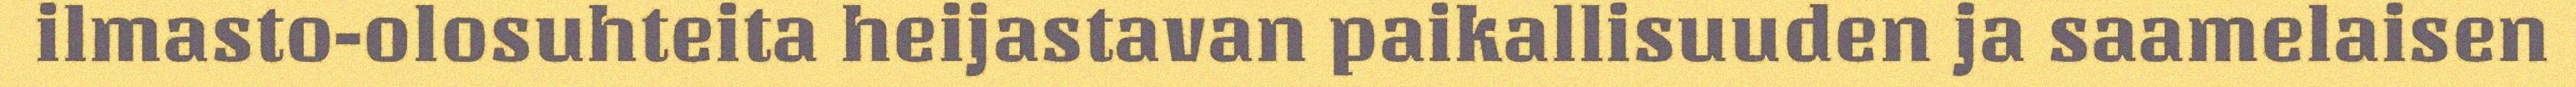
ilmasto-olosuhteita heijastavan paikallisuuden ja saamelaisen